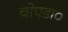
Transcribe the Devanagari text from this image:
चोपडा०